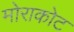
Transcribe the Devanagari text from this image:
मोराकोट